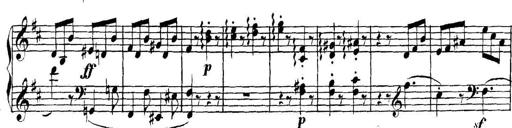
Title: Collected Piano Sonatas
Composer: Muzio Clementi